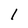
Character: 1